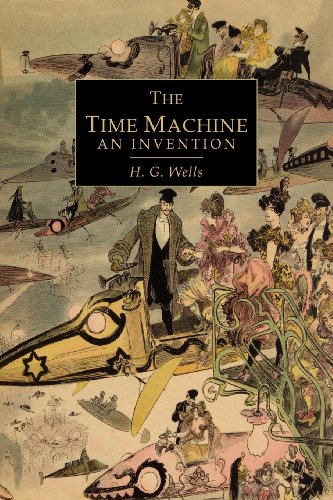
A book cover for The Time Machine; H. G. Wells; Romance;